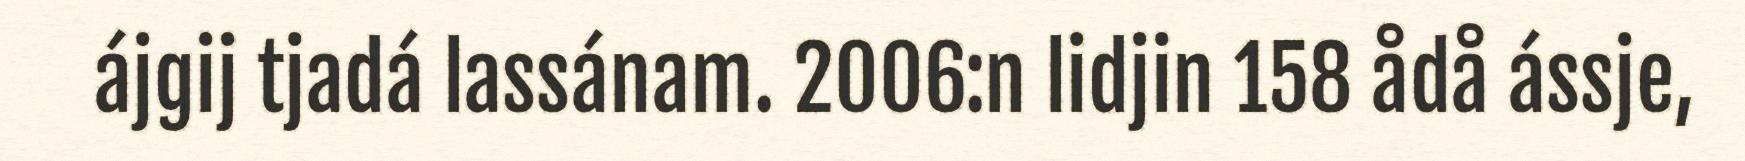
ájgij tjadá lassánam. 2006:n lidjin 158 ådå ássje,